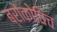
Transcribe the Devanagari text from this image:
ब्रोकोविच